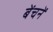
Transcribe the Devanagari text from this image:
बेंचनें